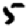
Digit: 5